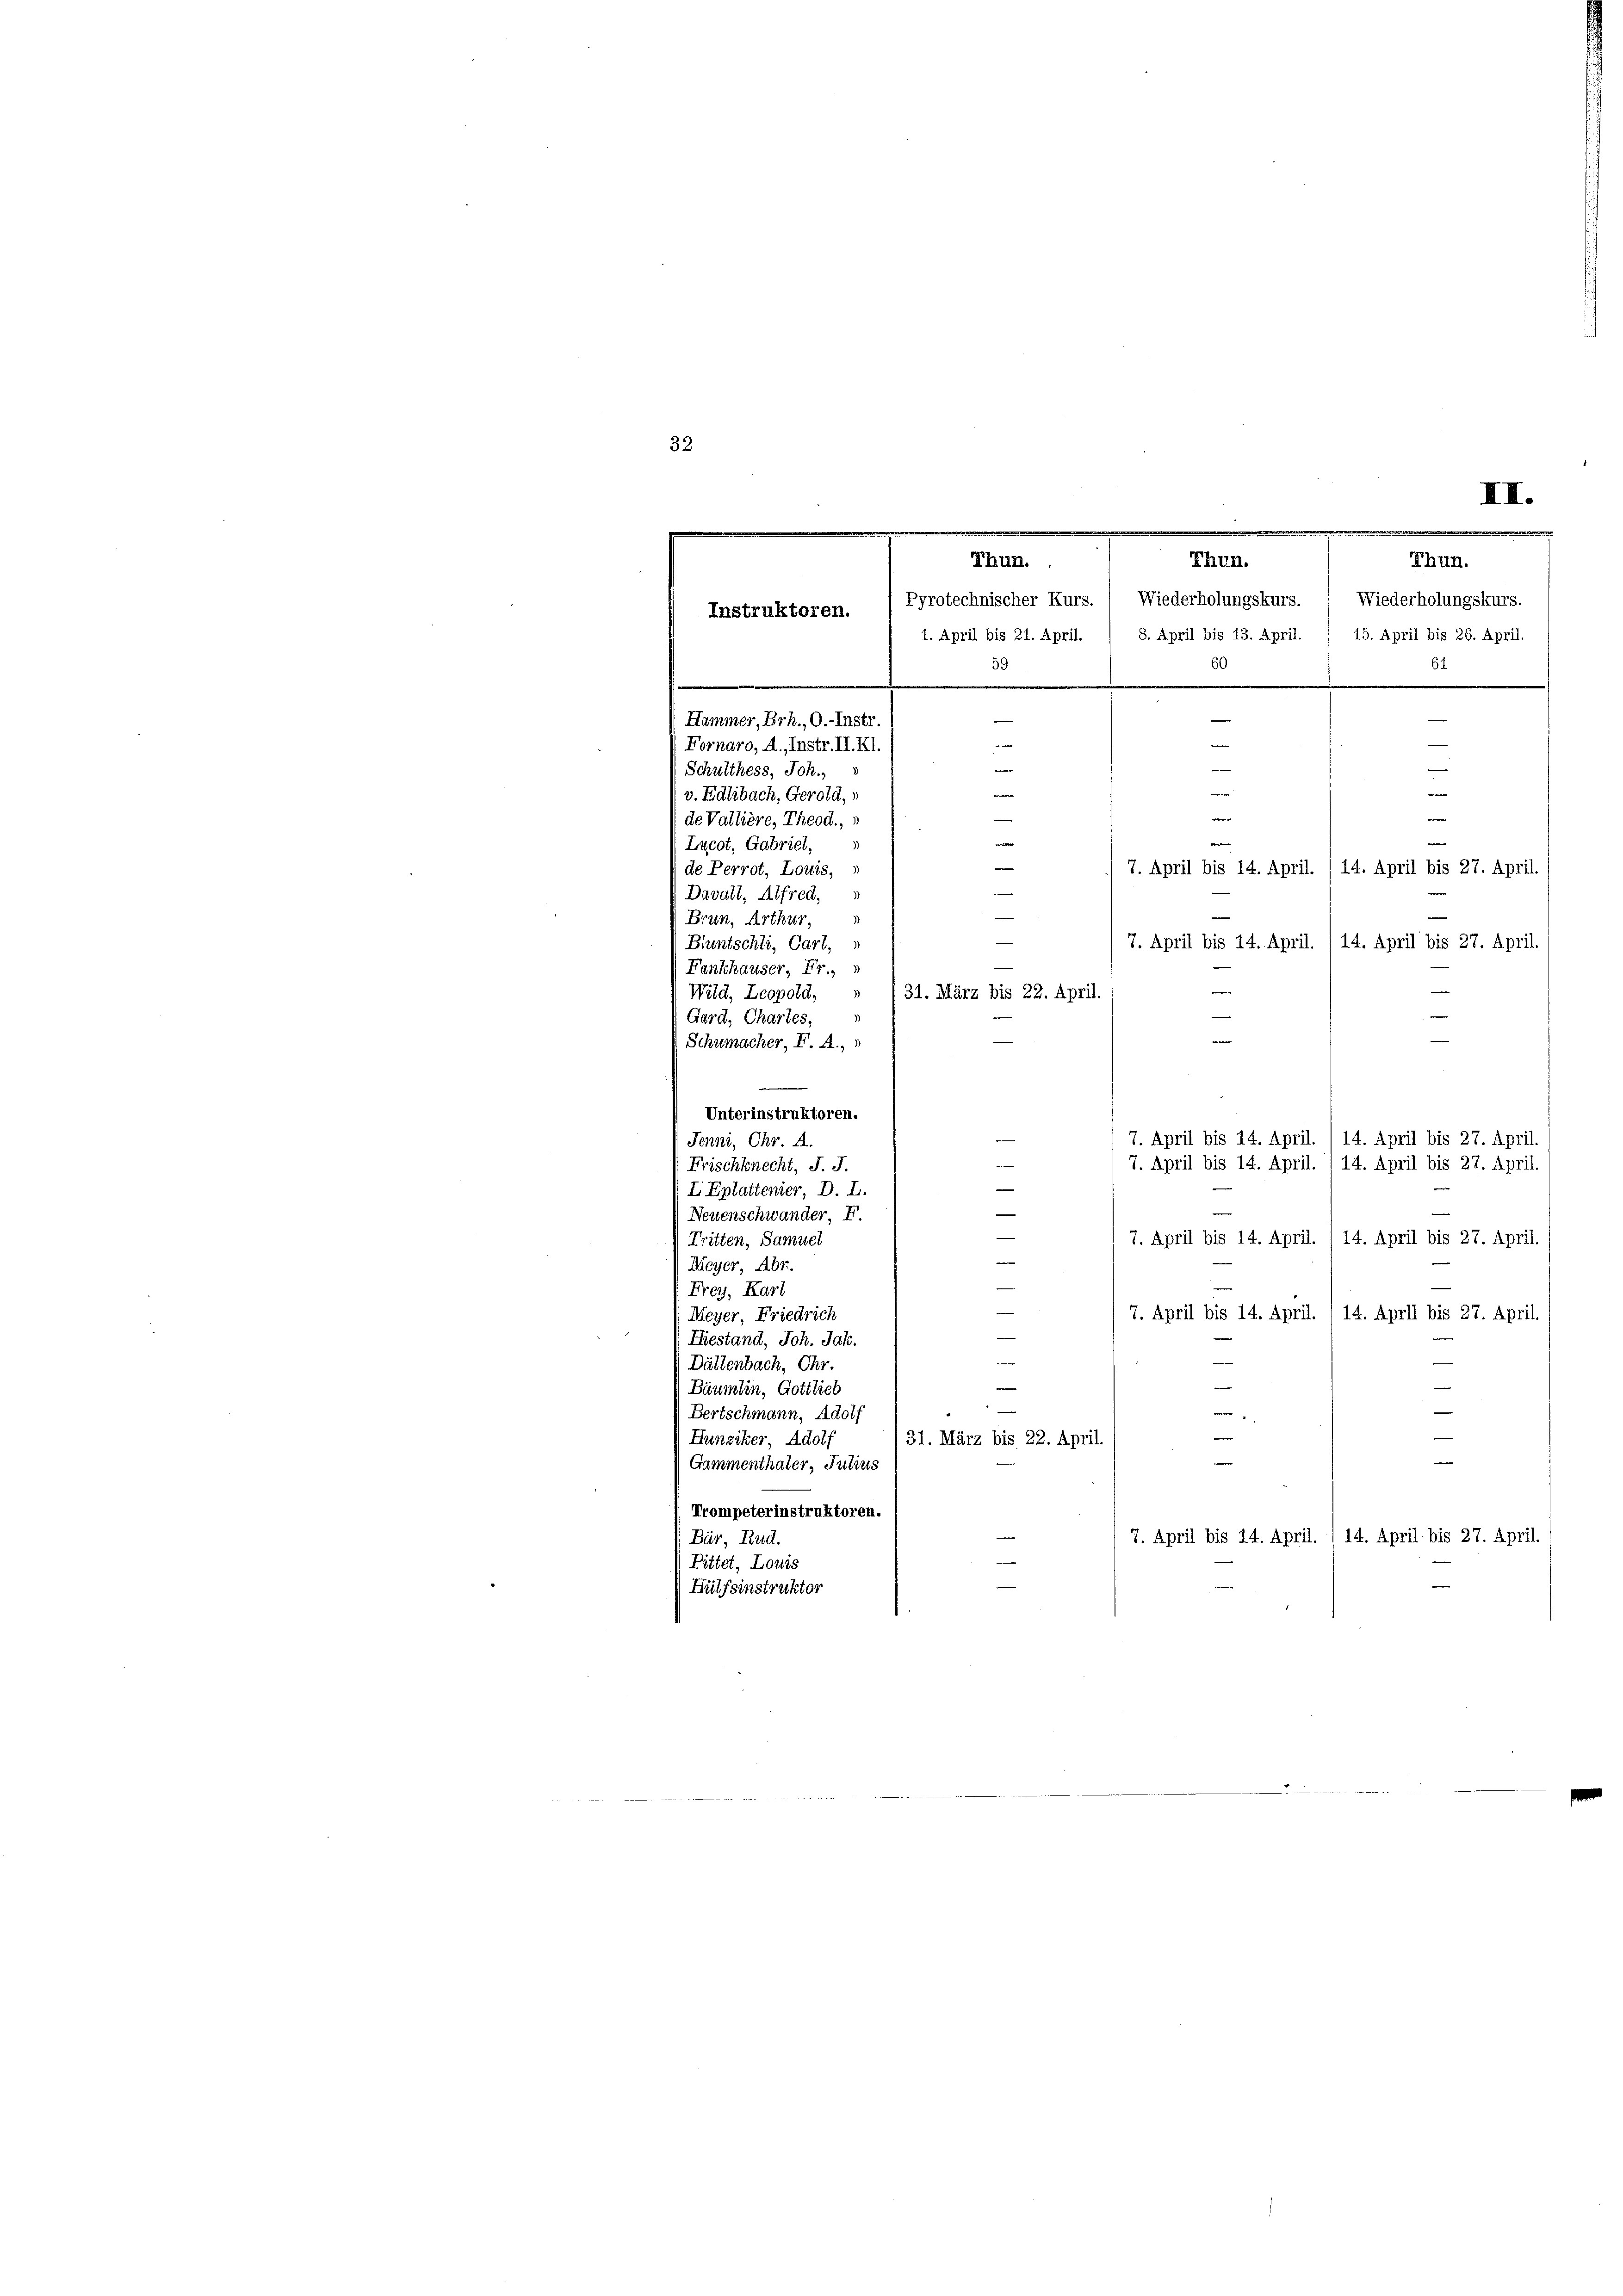
32
e

.
Thun.
Pyrotechnischer Kurs. ( Wiederholungskurs. Wiederholungskurs.
1. April bis 21. April. / 8. April bis 13. April. / 15. April bis 26. April.
60
s
e
e
—
v. Edlibach, Gerold,
e
—
de Vallière, Theod.,
L
Lucot, Gabriel,
—
de Perrot, Louis,
Davall, Alfred,
Brun, Arthur,
7. April bis 14. April. /14. April bis 27. April.
Bluntschli, Cart,
Fankhauser, Fr.,
e
31. März bis 22. April.
Wild, Leopold,
Gard, Chartes,

Schumacher, F. A.,
Unterinstruktoren.
n
7. April bis 14. April. /14. April bis 27. April.
Jenni, Chr. A.

7. April bis 14. April. 114. April bis 27. April.
Frischknecht, J. J.
I Eplattenier, D. L.
e
e
Neuenschwander, F.
—
7. April bis 14. April. / 14. April bis 27. April.
Tritten, Samuel
Meyer, Abr.
Frey, Karl
Meyer, Friedrich
7. April bis 14. April.
14. April bis 27. April.
de

Hiestand, Joh. Jak.
Dättenbach, Chr.
Bäumten, Gottlieb
Bertschmann, Adolf
e
Hunziker, Adolf
31. März bis 22. April.
¬
iemen
e
Gammenthater, Julius
Trompeterinstruktoren.
7. April bis 14. April. 114. April bis 27. April.
Bür, Rud.
Pittet, Louis
Hülfsinstruktor

Thun.
Instruktoren.
59
—
Hammer, Erh., O.-Instr.
—
Fornaro, A. Instr. II. Kl.
e
Schulthess, Joh.

e

III.
Thun.
61

|
—
d
—
—
—
7. April bis 14. April. /14. April bis 27. April.